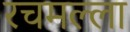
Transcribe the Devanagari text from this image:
रचमल्ला